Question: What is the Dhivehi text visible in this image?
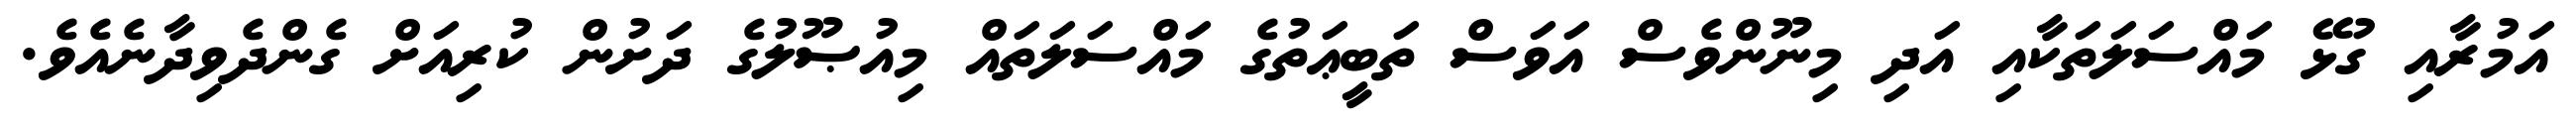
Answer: އަމުރާއި ގުޅޭ މައްސަލަތަކާއި އަދި މިނޫންވެސް އަވަސް ތަބީޢަތުގެ މައްސަލަތައް މިއުޞޫލުގެ ދަށުން ކުރިއަށް ގެންދެވިދާނެއެވެ.